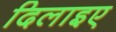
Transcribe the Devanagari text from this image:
दिलाइए